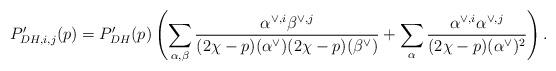
LaTeX: \begin{align*}P_{DH,i,j}'(p)=P_{DH}'(p)\left(\sum_{\alpha,\beta}\frac{\alpha^{\vee,i}\beta^{\vee,j}}{(2\chi-p)(\alpha^{\vee})(2\chi-p)(\beta^{\vee})}+\sum_{\alpha}\frac{\alpha^{\vee,i}\alpha^{\vee,j}}{(2\chi-p)(\alpha^{\vee})^2}\right).\end{align*}